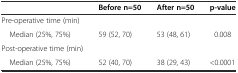
|  | Before n=50 | After n=50 | p-value |
 | --- | --- | --- | --- |
 | Pre-operative time (min) |  |  |  |
 | Median (25%, 75%) | 59 (52, 70) | 53 (48, 61) | 0.008 |
 | Post-operative time (min) |  |  |  |
 | Median (25%, 75%) | 52 (40, 70) | 38 (29, 43) | <0.0001 |